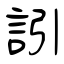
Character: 訠